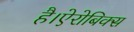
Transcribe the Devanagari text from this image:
है।ऐरोबिक्स